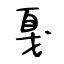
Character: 戛